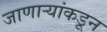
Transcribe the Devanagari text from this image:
जाणाऱ्यांकडून